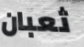
ثعبان